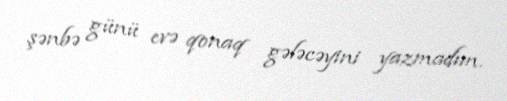
şənbə günü evə qonaq gələcəyini yazmadım.